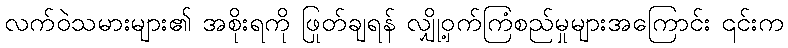
လက်ဝဲသမားများ၏ အစိုးရကို ဖြုတ်ချရန် လျှို့ဝှက်ကြံစည်မှုများအကြောင်း ၎င်းက